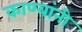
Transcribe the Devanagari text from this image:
काण्यांनी